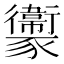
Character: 𧲔